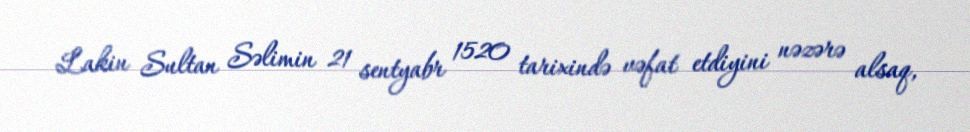
Lakin Sultan Səlimin 21 sentyabr 1520 tarixində vəfat etdiyini nəzərə alsaq,